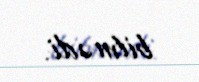
bilmədi.